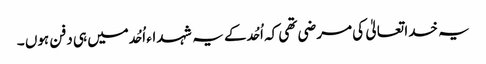
یہ خدا تعالیٰ کی مرضی تھی کہ اُحُد کے یہ شہداء اُحُد میں ہی دفن ہوں ۔